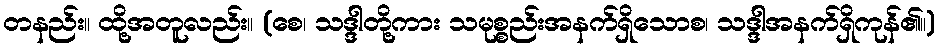
တနည်း။ ထို့အတူလည်း။ (စေ၊ သဒ္ဒါတို့ကား သမုစ္စည်းအနက်ရှိသောစ၊ သဒ္ဒါအနက်ရှိကုန်၏။)